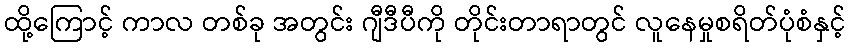
ထို့ကြောင့် ကာလ တစ်ခု အတွင်း ဂျီဒီပီကို တိုင်းတာရာတွင် လူနေမှုစရိတ်ပုံစံနှင့်